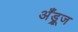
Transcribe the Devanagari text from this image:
अँड्रूज